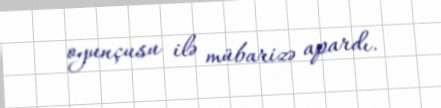
oyunçusu ilə mübarizə apardı.